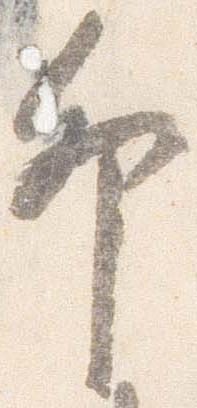
卯